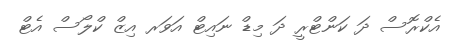
އެކްރޮސް ދަ ކަންޓްރީ ދަ މިޑް ނައިޓް އަވަރ އިޒް ކްލޯސް އެޓް